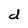
Character: d